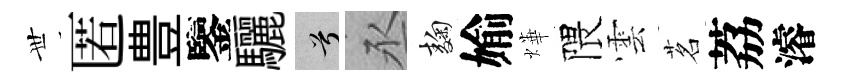
𠀍匿豊鑒驪兮丞麹媮燁隈雲茗荔濬